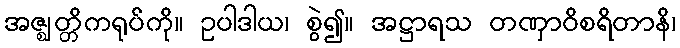
အဇ္ဈတ္တိကရုပ်ကို။ ဥပါဒါယ၊ စွဲ၍။ အဋ္ဌာရသ တဏှာဝိစရိတာနိ၊